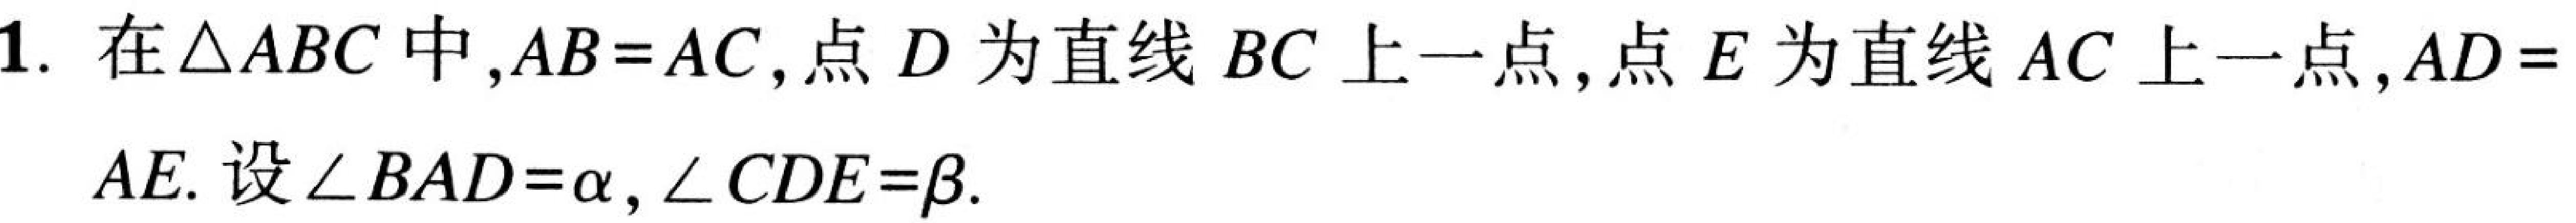
1. 在\(\triangle ABC\)中，\(AB = AC\)，点\(D\)为直线\(BC\)上一点，点\(E\)为直线\(AC\)上一点，\(AD = \)
\(AE\). 设\(\angle BAD=\alpha\)，\(\angle CDE=\beta\).